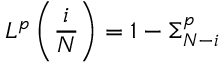
L ^ { \boldsymbol { p } } \left( \frac { i } { N } \right) = 1 - \Sigma _ { N - i } ^ { \boldsymbol { p } }